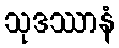
သုဒဿာနံ